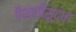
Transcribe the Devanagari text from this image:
पैशाचीसुद्धा